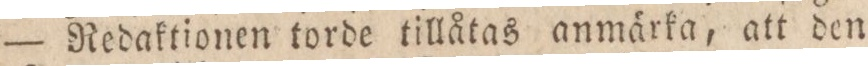
— Redaktionen torde tillåtas anmärka, att den